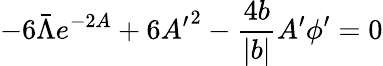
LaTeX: -6\bar{\Lambda}e^{-2A}+6{A^{\prime}}^{2}-\frac{4b}{|b|}A^{\prime}\phi^{\prime}=0